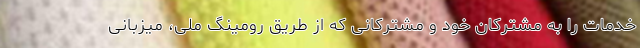
خدمات را به مشترکان خود و مشترکانی که از طریق رومینگ ملی، میزبانی